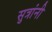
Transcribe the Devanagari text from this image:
सुत्रांनी